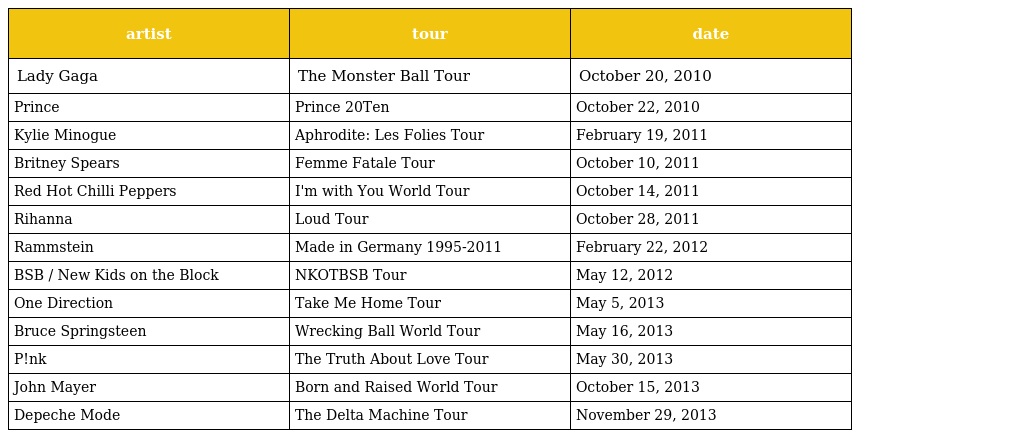
| artist | tour | date |
 | --- | --- | --- |
 | Lady Gaga | The Monster Ball Tour | October 20, 2010 |
 | Prince | Prince 20Ten | October 22, 2010 |
 | Kylie Minogue | Aphrodite: Les Folies Tour | February 19, 2011 |
 | Britney Spears | Femme Fatale Tour | October 10, 2011 |
 | Red Hot Chilli Peppers | I'm with You World Tour | October 14, 2011 |
 | Rihanna | Loud Tour | October 28, 2011 |
 | Rammstein | Made in Germany 1995-2011 | February 22, 2012 |
 | BSB / New Kids on the Block | NKOTBSB Tour | May 12, 2012 |
 | One Direction | Take Me Home Tour | May 5, 2013 |
 | Bruce Springsteen | Wrecking Ball World Tour | May 16, 2013 |
 | P!nk | The Truth About Love Tour | May 30, 2013 |
 | John Mayer | Born and Raised World Tour | October 15, 2013 |
 | Depeche Mode | The Delta Machine Tour | November 29, 2013 |